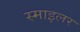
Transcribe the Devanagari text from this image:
स्माइलर